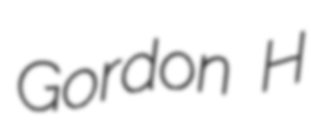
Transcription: Gordon H